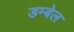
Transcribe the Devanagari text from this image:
डम्बेल